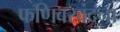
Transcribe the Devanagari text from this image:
फणिवरवंदना